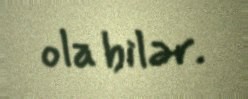
ola bilər.